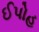
ઈપોહ